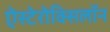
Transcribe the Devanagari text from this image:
ऐस्टेरोक्सिलॉन